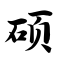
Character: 硕